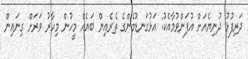
ދަރިފުޅު ދުނިޔެއަށް އުފަންވުމާއެކު: އަޅުގަނޑުމެންގެ ތެރެއިން ބައެއް މީހުން މިހާރު ވަރަށް ގިނައިން